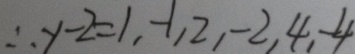
\therefore y - 2 = 1 , - 1 , 2 , - 2 , 4 , - 4